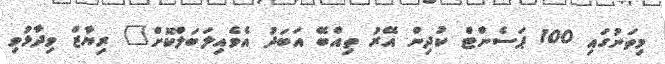
މިތަނުގައި 100 ޕަސެންޓް ކުދިން އޭރު ތިއްބޭ އަބަދު އެވެއިލަބަލްކޮށް" ރިޔާޒް ވިދާޅުވި